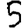
Digit: 5